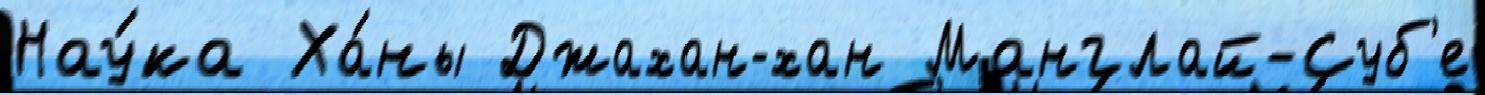
Нау́ка Ха́ны Джахан-хан Манглай-Суб'е